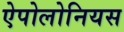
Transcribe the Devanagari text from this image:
ऐपोलोनियस